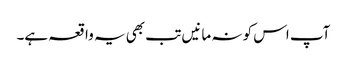
آپ اس کو نہ مانیں تب بھی یہ واقعہ ہے۔